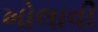
ખોલાવી